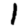
Digit: 1